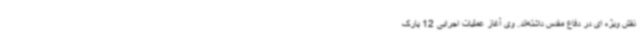
نقش ویژه ای در دفاع مقدس داشته‌اند. وی آغاز عملیات اجرایی 12 پارک